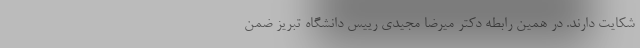
شکایت دارند. در همین رابطه دکتر میرضا مجیدی رییس دانشگاه تبریز ضمن